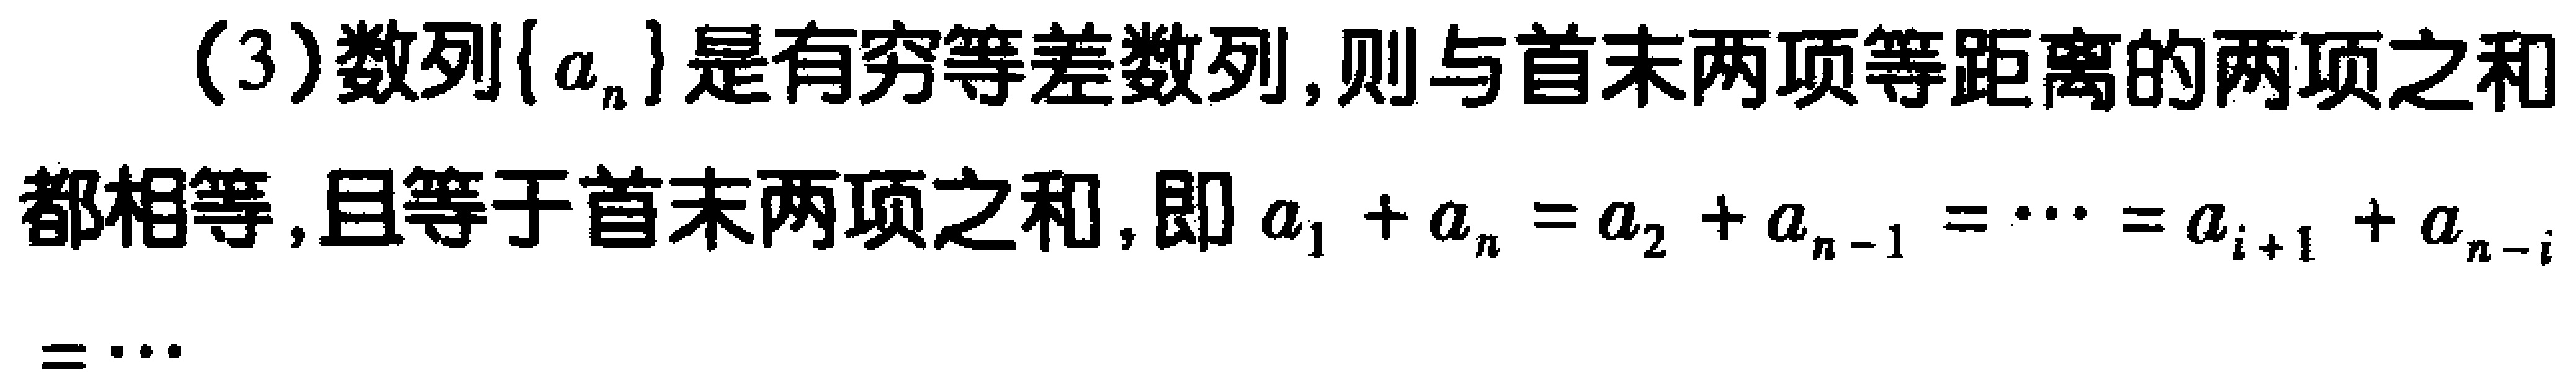
(3)数列\(\{a_{n}\}\)是有穷等差数列,则与首末两项等距离的两项之和都相等,且等于首末两项之和,即\(a_{1}+a_{n}=a_{2}+a_{n - 1}=\cdots=a_{i + 1}+a_{n - i}=\cdots\)